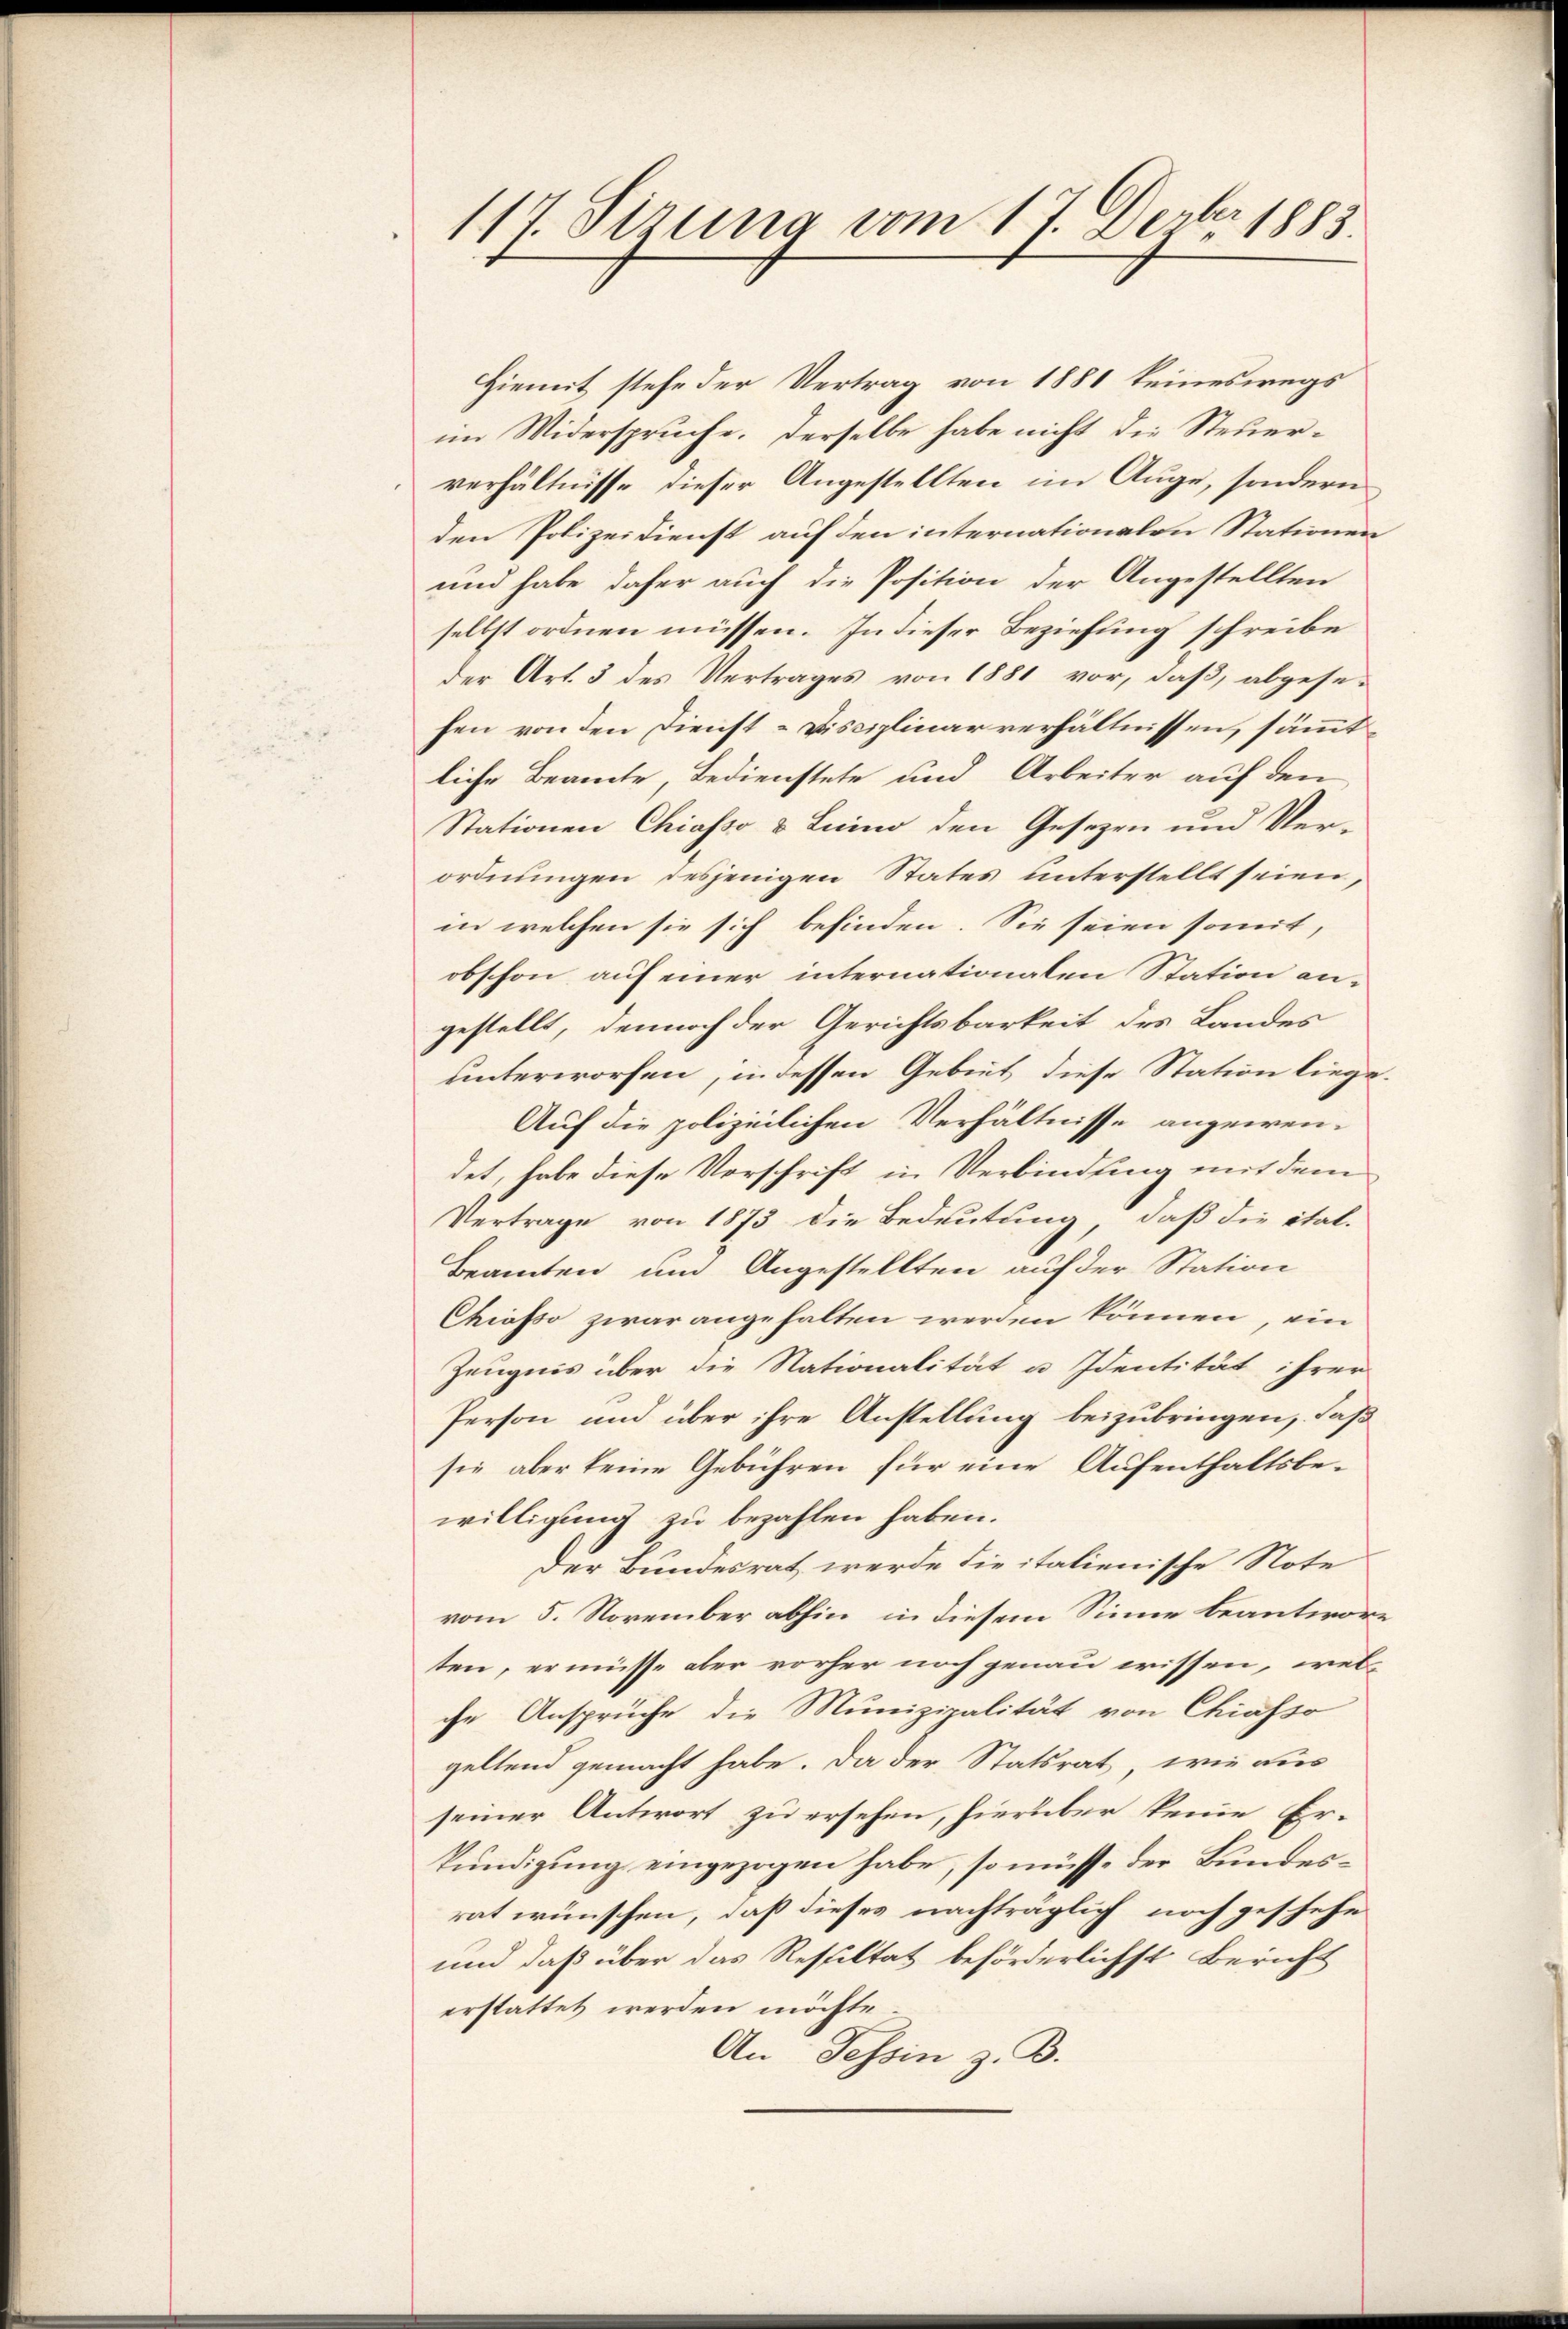
117. Stzung vom 17. Dezbr 1883.

Hiemit stehe der Vertrag von 1881 keineswegs
im Widerspruche. Derselbe habe nicht die Steuerverhältnisse dieser Angestellten im Auge, sondern
den Polizeidienst auf den internationalen Stationen
und habe daher auch die Position der Angestellten
selbst ordnen müssen. In dieser Beziehung schreibe
der Art. 3 des Vertrages von 1881 vor, daß abgesefen von den Dienst-Disciplinar verhältnissen, sämmtliche Beamte, Bedienstete und Arbeiter auf den
Stationen Chiasso & Luino den Gesezen und Ver-
ordnungen desjenigen States unterstellt seien
in welchen sie sich befinden. Sie seien somit,
obschon auf einer internationalen Station an-
gestellt, dennoch der Gerichtsbarkeit des Landes
unterworfen, in dessen Gebiet diese Station liege.
Auf die polizeilichen Verhältnisse angewen-
det, habe diese Vorschrift in Verbindung mit dem
Vertrage von 1873 die Bedeutung, daß die ital.
Beamten um Angestellten auf der Station
Chiasso zwar angehalten werden können, ein
Zeugnis über die Nationalität u. Identität ihrer
Person und über ihre Anstellung beizubringen, daß
sie aber keine Gebühren für eine Aufenthaltsbewilligung zu bezahlen haben.
Der Bundesrat werde die italienische Note
vom 5. November abhin, in diesem Sinne beantworten, er müsse aber vorher noch genau wissen, welche Ansprüche die Munizipalität von Chiasso
geltend gemacht habe. Da der Statsrat, wie aus
seiner Antwort zu ersehen, hierüber keine Er-
kundigung eingezogen habe, so müsse der Bundesrat wünschen, daß dieses nachträglich noch geschehe
und daß über das Resultat beförderlichst Bericht
erstattet werden möchte.
An Tessin z. B.